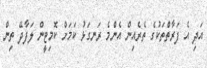
އަދި އެ ފަރާތްތަކުގެ ތެރެއިން އެންމެ ރަނގަޅު ކަމަށް ކޮމިޓީން ލަފާދޭ ތިން